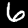
Label: 6